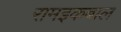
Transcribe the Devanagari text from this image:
रामइकबाल